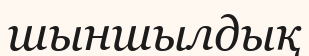
шыншылдық